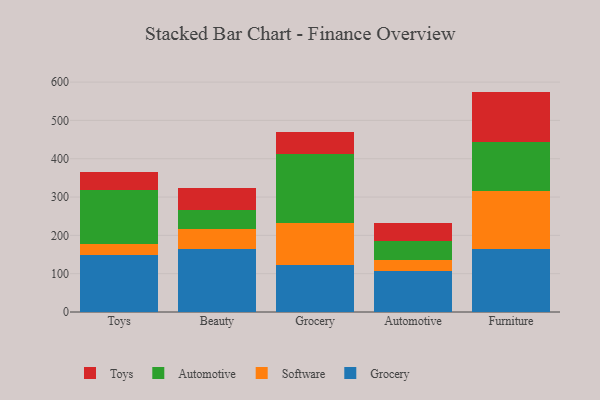
{"axis": {"x": "Category", "y": "Backlog"}, "legend": ["Automotive", "Grocery", "Software", "Toys"], "data": [{"x": "Toys", "y": 150.0, "type": "Grocery"}, {"x": "Toys", "y": 26.4, "type": "Software"}, {"x": "Toys", "y": 142.4, "type": "Automotive"}, {"x": "Toys", "y": 47.0, "type": "Toys"}, {"x": "Beauty", "y": 164.9, "type": "Grocery"}, {"x": "Beauty", "y": 51.1, "type": "Software"}, {"x": "Beauty", "y": 49.9, "type": "Automotive"}, {"x": "Beauty", "y": 58.6, "type": "Toys"}, {"x": "Grocery", "y": 122.0, "type": "Grocery"}, {"x": "Grocery", "y": 110.0, "type": "Software"}, {"x": "Grocery", "y": 179.9, "type": "Automotive"}, {"x": "Grocery", "y": 59.1, "type": "Toys"}, {"x": "Automotive", "y": 107.2, "type": "Grocery"}, {"x": "Automotive", "y": 28.9, "type": "Software"}, {"x": "Automotive", "y": 48.6, "type": "Automotive"}, {"x": "Automotive", "y": 46.8, "type": "Toys"}, {"x": "Furniture", "y": 164.2, "type": "Grocery"}, {"x": "Furniture", "y": 150.7, "type": "Software"}, {"x": "Furniture", "y": 129.8, "type": "Automotive"}, {"x": "Furniture", "y": 130.5, "type": "Toys"}]}